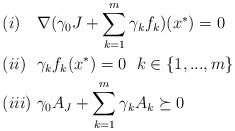
\begin{align*} &(i)\ \ \ \nabla(\gamma_0J+\sum\limits_{k=1}^m\gamma_k f_k)(x^*)=0\\ &(ii)\ \ \gamma_kf_k(x^*)=0\ \ k\in\{1,...,m\}\\ &(iii)\ \gamma_{0}A_J+\sum\limits_{k=1}^m\gamma_kA_k\succeq0 \end{align*}